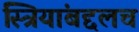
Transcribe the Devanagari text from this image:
स्त्रियांबद्दलच